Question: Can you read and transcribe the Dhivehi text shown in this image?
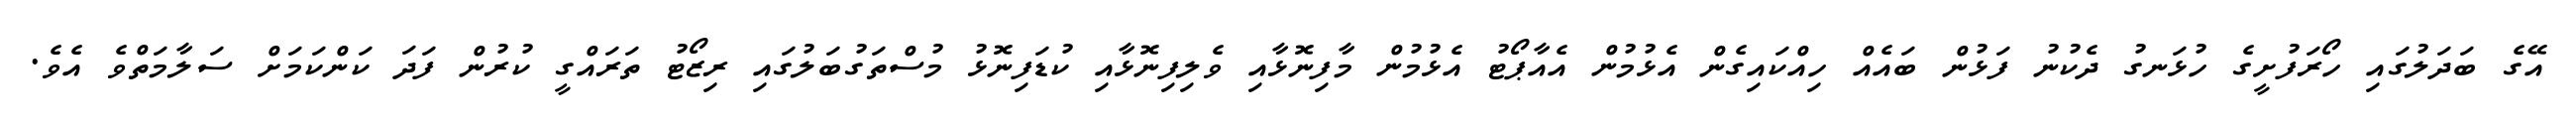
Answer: އޭގެ ބަދަލުގައި ހޯރަފުށީގެ ހުޅަނގު ދެކުނު ފަޅުން ބައެއް ހިއްކައިގެން އެޅުމުން އެއާޕޯޓު އެޅުމުން މާފިނޮޅާއި ވެލިފިނޮޅާއި ކުޑަފިނޮޅު މުސްތަގުބަލުގައި ރިޒޯޓު ތަރައްގީ ކުރުން ފަދަ ކަންކަމަށް ސަލާމަތްވެ އެވެ.